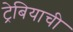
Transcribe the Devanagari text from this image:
ट्रेबियाची